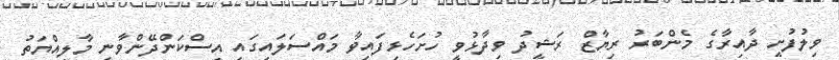
ވިލުފުށީ ދާއިރާގެ މެންބަރު ރިޔާޒް ރަޝީދު ވިދާޅުވީ ހުށަހެޅިފައިވާ މައްސަލައިގައި އިސްކަންދޭންވާނީ މާލިއްޔަތު